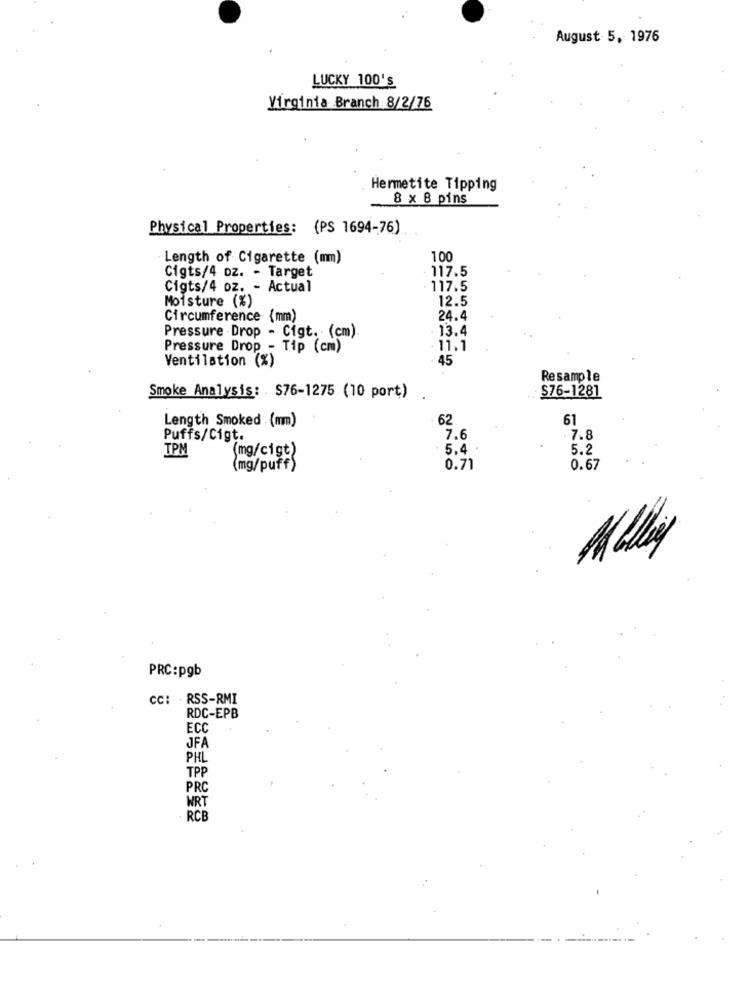
August 5, 1976
LUCKY 100's
Virginia Branch 8/2/76
Hermetite Tipping
8 x 8 pins
Physical Properties: (PS 1694-76)
Length of Cigarette (mm)
100
Cigts/4 oz. - Target
117.5
Cigts/4 oz. - Actual
117.5
Moisture (%)
12.5
Circumference (mm)
24.4
Pressure -Drop - Cigt. (cm)
13.4
Pressure Drop - Tip (cm)
11.1
Ventilation (%)
45
Resample
$76-1281
Smoke Analysis: . $76-1275 (10 port)
Length Smoked . (mm)
62
61
Puffs/Cigt.
7.6
7.8
TPM
(mg/cigt)
5.4
5.2
(mg/puff)
0.71
0.67
Mollie
PRC:pgb
cc: . RSS-RMI
RDC-EPB
ECC
JFA
PHL
TPP
PRC
WRT
RCB